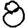
Digit: 8